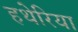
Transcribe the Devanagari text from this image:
हथेरिया